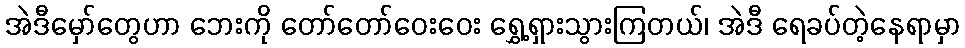
အဲဒီမှော်တွေဟာ ဘေးကို တော်တော်ဝေးဝေး ရွှေ့ရှားသွားကြတယ်၊ အဲဒီ ရေခပ်တဲ့နေရာမှာ